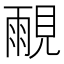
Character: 𰴒